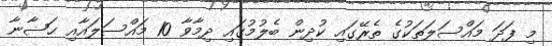
މި ފަދަ މައްސަލަތަކުގެ ތެރޭގައި ކުދިން ބެލުމުގައި ދިމާވާ 10 މައްސަލައާއި ޙަޟާނާ